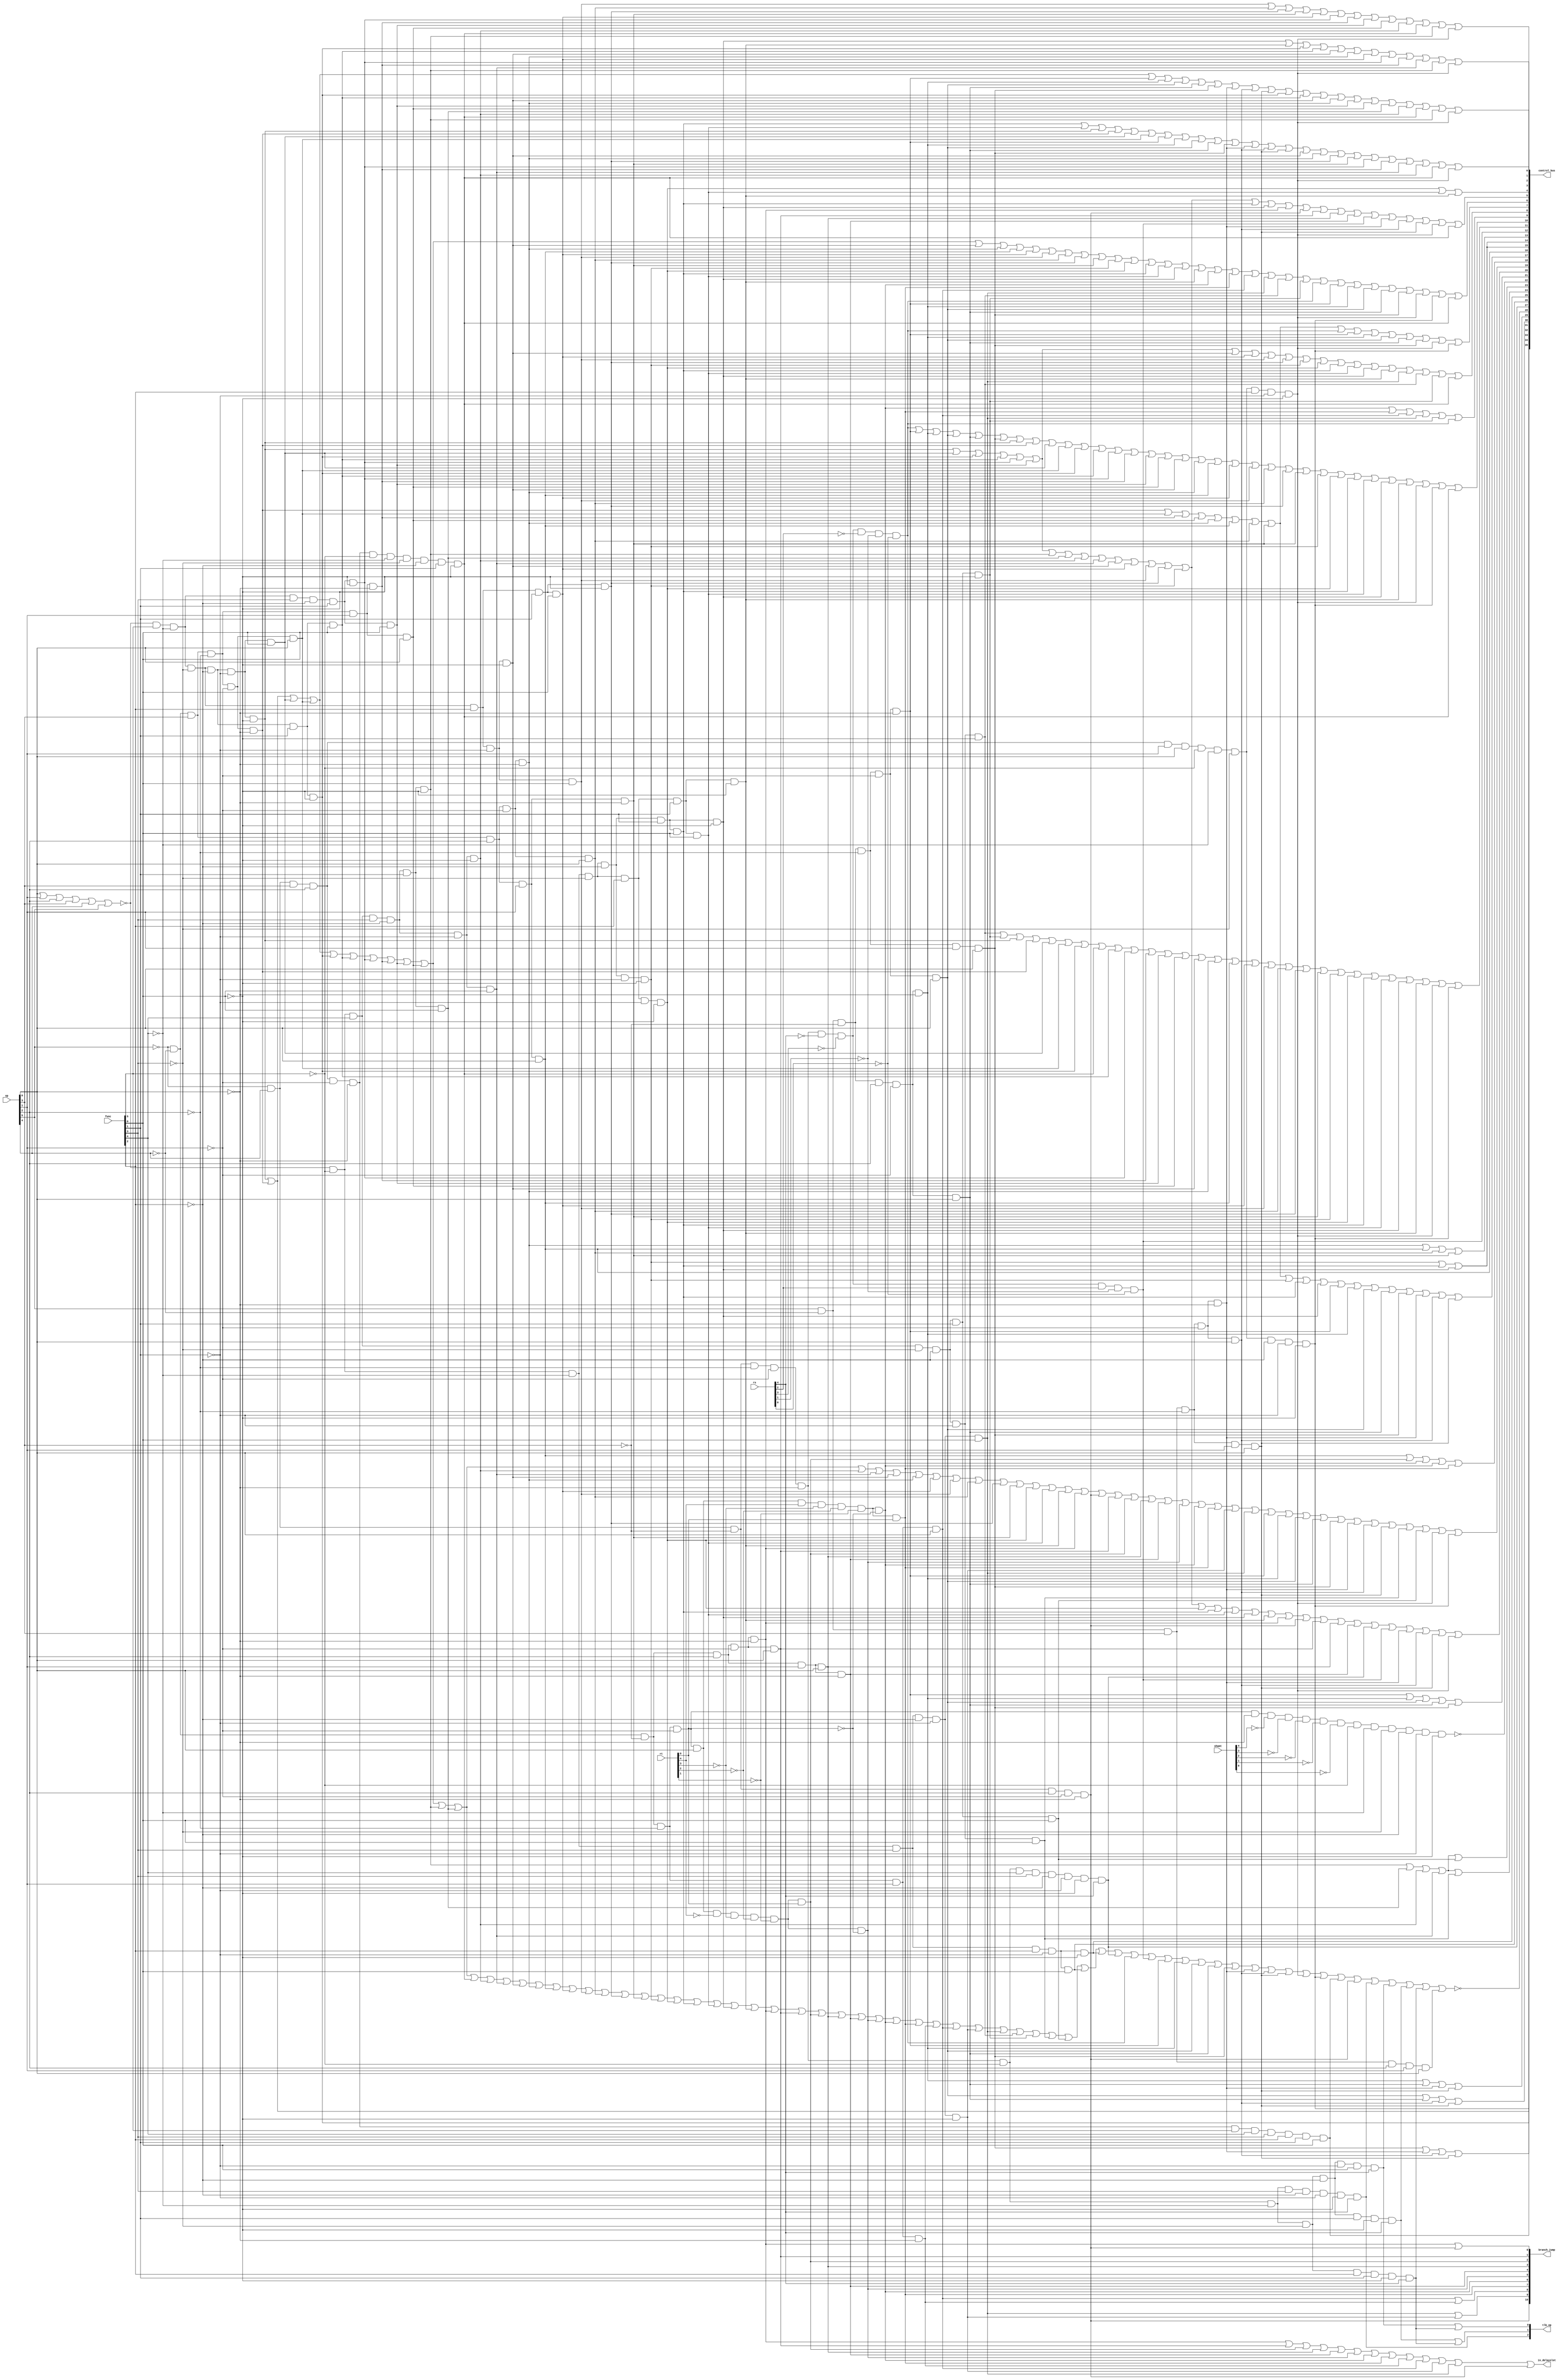
/*
**	
**	
**	
*/

`define CONTROL_BUS_WIDTH 35

module controller(
	input  [5:0]					op,
	input  [5:0]					func,
	input  [4:0]					rs,
	input  [4:0]					rt,
	input  [4:0]					shamt,

	output [`CONTROL_BUS_WIDTH:0]	control_bus,
	output [2:0]					tlb_op,			//tlb	001:tlbr	010:tlbwi	011:tlbwr	100:tlbp
	output [10:0]					branch_jump,	//
	output 							in_delayslot	//IF-ID
);
	
	
	wire [4:0]						aluop;			//ALU
	wire 							r1_sel;			//
	wire 							r2_sel;			//
	wire 							regs_we;		//
	wire [1:0]						rw_sel;			//
	wire [2:0]						din_sel;		//
	wire 							cp0_we;			//cp0
	wire [1:0]						ext_sel;		//
	wire [1:0]						alua_sel;		//ALU
	wire [1:0]						alub_sel;		//ALU
	
	wire 							r1_r;			//1
	wire 							r2_r;			//2
	wire 							load;			//lblbulhlhulw
	wire [1:0]						hilo_mode;		//hilohilo
	wire 							invalid_inst;	//
	wire [1:0]						add_sub;		//alu
	wire [2:0]						load_store;		//
													//000 lb001 lbu010 lh011 lhu
													//100 lw101 sb 110 sh111 sw
	wire 							op6,op5,op4,op3,op2,op1;
	wire 							f6,f5,f4,f3,f2,f1;
	wire 							rs5,rs4,rs3,rs2,rs1;
	wire 							rt5,rt4,rt3,rt2,rt1;
	wire 							sh5,sh4,sh3,sh2,sh1;

	wire 							r;
	wire 							add;
	wire 							addi;
	wire 							addu;
	wire 							addiu;
	wire 							sub;
	wire 							subu;
	wire 							slt;
	wire 							slti;
	wire 							sltu;
	wire 							sltiu;
	wire 							div;
	wire 							divu;
	wire 							mult;
	wire 							multu;
	wire 							and_;
	wire 							andi;
	wire 							lui;
	wire 							nor_;
	wire 							or_;
	wire 							ori;
	wire 							xor_;
	wire 							xori;
	wire 							sll;
	wire 							sllv;
	wire 							sra;
	wire 							srav;
	wire 							srl;
	wire 							srlv;
	wire 							beq;
	wire 							bne;
	wire 							bgez;
	wire 							bgtz;
	wire 							blez;
	wire 							bltz;
	wire 							bltzal;
	wire 							bgezal;
	wire 							j;
	wire 							jal;
	wire 							jr;
	wire 							jalr;
	wire 							mfhi;
	wire 							mflo;
	wire 							mthi;
	wire 							mtlo;
	wire 							break_;
	wire 							syscall;
	wire 							eret;
	wire 							mfc0;
	wire 							mtc0;
	wire 							lb;
	wire 							lbu;
	wire 							lh;
	wire 							lhu;
	wire 							lw;
	wire 							sb;
	wire 							sh;
	wire 							sw;
	//
	wire 							movn;
	wire 							movz;
	wire 							clo;
	wire 							clz;
	wire 							mul;
	wire 							madd;
	wire 							maddu;
	wire 							msub;
	wire 							bal;
	wire 							ll;
	wire 							lwl;
	wire 							lwr;
	wire 							sc;
	wire 							swl;
	wire 							swr;
	wire 							teq;
	wire 							tge;
	wire 							tgeu;
	wire 							tlt;
	wire 							tltu;
	wire 							tne;
	wire 							teqi;
	wire 							tgei;
	wire 							tgeiu;
	wire 							tlti;
	wire 							tltiu;
	wire 							tnei;
	wire 							nop;
	wire 							ssnop;
	wire 							sync;
	wire 							pref;
	wire							ins;
	wire							ext;
	wire							sdbbp;
	wire 							beql;
	wire							tlbp;
	wire 							tlbr;
	wire							tlbwi;
	wire 							tlbwr;
	wire							cache;

	assign aluop[4] = ext;
	assign aluop[3] = or_ | ori | xor_ | xori | nor_ | slt | slti | sltu | sltiu | mult | mul |div | ins; 
	assign aluop[2] = add | addi | addu | addiu | lb | lbu | lh | lhu
					      | lw | sb | sh | sw | sub | subu | and_ | andi | sltu | sltiu
			              | divu | mult | mul |div | ins;
	assign aluop[1] = srl | srlv | sub | subu | and_ | andi | nor_ | slt | slti | multu | div | ins;
	assign aluop[0] = sra | srav | add | addi | addu | addiu | lb | lbu
			              | lh | lhu | lw | sb | sh | sw | and_ | andi | xor_ | xori
			              | slt | slti | multu | mult | mul | ins;
	//mulmultaluop
	
	//tlb	001:tlbr	010:tlbwi	011:tlbwr	100:tlbp
	assign tlb_op[2] = tlbp; 
	assign tlb_op[1] = tlbwi | tlbwr;
	assign tlb_op[0] = tlbr | tlbwr;

	assign r1_sel = sllv | srav | srlv;
	assign r2_sel = add | addu | sub | subu | slt | sltu | div | divu | mult
			| multu | and_ | nor_ | or_ | xor_ | sll | sra | srl | beq | beql | bne
			| bgtz | blez | mtc0 | sb | sh | sw | ins | mul;

	assign regs_we = add | addi | addu | addiu | sub | subu | slt | slti | sltu | sltiu
			| and_ | andi | lui | nor_ | or_ | ori | xor_ | xori | sll | sllv | sra | srav
			| srl | srlv | bltzal | bgezal | jal | jalr | mfhi | mflo | mfc0 |
			lb | lbu | lh | lhu | lw | ins | ext | mul;

	assign rw_sel[1] = add | addu | sub | subu | slt | sltu | and_ | nor_ | or_ | xor_
			| sll | sllv | sra | srav | srl | srlv | jalr | mfhi | mflo | mul;
	assign rw_sel[0] = addi | addiu | slti | sltiu | andi | lui | ori | xori | mfc0 | lb
			| lbu | lh | lhu | lw | ins | ext;

	assign din_sel[2] = mfhi | mflo | add | addi | addu | addiu | sub | mul
			| subu | slt | slti | sltu | sltiu | and_ | andi | lui | nor_ 
			| or_ | ori | xor_ | xori | sll | sllv | sra | srav | srl | srlv | ins | ext; 
	assign din_sel[1] = mfc0 | lb | lbu | lh | lhu | lw | add | addi | addu 
			| addiu | sub | subu | slt | slti | sltu | sltiu | and_ | andi
			| lui | nor_ | or_ | ori | xor_ | xori | sll | sllv | sra 
			| srav | srl | srlv | ins | ext | mul; 
	assign din_sel[0] = bltzal | bgezal | jal | jalr | mflo | mfc0;

	assign cp0_we = mtc0;

	assign ext_sel[1] = sll | sra | srl;
	assign ext_sel[0] = andi | lui | ori | xori;

	assign alua_sel[1] = lui;
	assign alua_sel[0] = sll | sra | srl;

	assign alub_sel[1] = lui | bgez | bltz | bltzal | bgezal;
	assign alub_sel[0] = addi | addiu | slti | sltiu | andi | lui
			| ori | xori | sll | sra | srl | lb | lbu | lh | lhu 
			| lw | sb | sh | sw;

	assign r1_r = add | addi | addu | addiu | sub | subu | slt | slti | sltu | sltiu
			| div | divu | mult | multu | and_ | andi | nor_ | or_ | ori | xor_ | xori
			| sllv | srav | srlv | beq | beql | bne | bgez | bgtz | blez | bltz | bltzal
			| bgezal | jr | jalr | lb | lbu | lh | lhu | lw | sb | sh | sw | mthi | mtlo | ins | ext;
	assign r2_r = add | addu | sub | subu | slt | sltu | div | divu | mult | multu
			| and_ | nor_ | or_ | xor_ | sll | sllv | sra | srav | srl | srlv | beq | beql
			| bne | bgtz | blez | eret | mtc0 | sb | sh | sw | ins;

	assign load = lb | lbu | lh | lhu | lw;

	assign branch_jump = { beql, jalr|jr, jal|j, bgezal, bltzal, bltz, blez, bgtz, bgez, bne, beq|beql};

	assign load_store[0] = lbu | lhu | sb | sw;
	assign load_store[1] = lh | lhu | sh | sw;
	assign load_store[2] = lw | sb | sh | sw;

	assign add_sub[0] = add | addi;
	assign add_sub[1] = sub;

	assign in_delayslot = beq | bne | bgez | bgtz | blez | bltz | bltzal | bgezal 
			| j | jal | jr | jalr | beql;

	assign hilo_mode[1] = div | divu | mult | multu | mthi;
	assign hilo_mode[0] = div | divu | mult | multu | mtlo;
	
	assign control_bus = { 
			sdbbp, aluop[4], add_sub[1:0],load_store[2:0], invalid_inst,		//sdbbpaluop[4]
			eret, break_, syscall, hilo_mode[1:0], ~nop, load, r2_r, r1_r,
			alub_sel[1:0], alua_sel[1:0], ext_sel[1:0], cp0_we,
			din_sel[2:0], rw_sel[1:0], regs_we, r2_sel, r1_sel, aluop[3:0] };

	assign invalid_inst = ~(add | addi | addu | addiu | sub | subu | slt | slti | sltu | sltiu
		| div | divu | mul | mult | multu | and_ | andi | lui | nor_ | or_ | ori | xor_ | xori | sll
		| sllv | sra | srav | srl | srlv | beq | bne | bgez | bgtz | blez | bltz | bltzal | bgezal
		| j | jal | jr | jalr | mfhi | mflo | mthi | mtlo | break_ | syscall | eret | mfc0
		| mtc0 | lb | lbu | lh | lhu | lw | sb | sh | sw | ins | ext | sdbbp | beql | tlbp | tlbr| tlbwi | tlbwr | cache);

	assign {op6,op5,op4,op3,op2,op1} = op;
	assign {f6,f5,f4,f3,f2,f1} = func;
	assign {rs5,rs4,rs3,rs2,rs1} = rs;
	assign {rt5,rt4,rt3,rt2,rt1} = rt;
	assign {sh5,sh4,sh3,sh2,sh1} = shamt;

	assign addi = ~op6 & ~op5 & op4 & ~op3 & ~op2 & ~op1;	//addi op = 001000
	assign addiu = ~op6 & ~op5 &  op4 & ~op3 & ~op2 & op1;	//addiu op = 001001
	assign slti = ~op6 & ~op5 & op4 & ~op3 & op2 & ~op1;	//slti op = 001010
	assign sltiu = ~op6 & ~op5 & op4 & ~op3 & op2 & op1;	//sltiu op = 001011
	assign andi = ~op6 & ~op5 & op4 & op3 & ~op2 & ~op1;	//andi op = 001100
	assign lui = ~op6 & ~op5 & op4 & op3 & op2 & op1;		//lui op = 001111
	assign ori = ~op6 & ~op5 & op4 & op3 & ~op2 & op1;		//ori op = 001101
	assign xori = ~op6 & ~op5 & op4 & op3 & op2 & ~op1;		//xori op = 001110
	assign beq = ~op6 & ~op5 & ~op4 & op3 & ~op2 & ~op1;	//beq op = 000100
	assign bne = ~op6 & ~op5 & ~op4 & op3 & ~op2 & op1;		//bne op = 000101
	assign bgtz = ~op6 & ~op5 & ~op4 & op3 & op2 & op1;		//bgtz op = 000111
	assign blez = ~op6 & ~op5 & ~op4 & op3 & op2 & ~op1;	//blez op = 000110
	assign j = ~op6 & ~op5 & ~op4 & ~op3 & op2 & ~op1;		//j op = 000010
	assign jal = ~op6 & ~op5 & ~op4 & ~op3 & op2 & op1;		//jal op = 000011
	assign lb = op6 & ~op5 & ~op4 & ~op3 & ~op2 & ~op1;		//lb op = 100000
	assign lbu = op6 & ~op5 & ~op4 & op3 & ~op2 & ~op1;		//lbu op = 100100
	assign lh = op6 & ~op5 & ~op4 & ~op3 & ~op2 & op1;		//lh op = 100001
	assign lhu = op6 & ~op5 & ~op4 & op3 & ~op2 & op1;		//lhu op = 100101
	assign lw = op6 & ~op5 & ~op4 & ~op3 & op2 & op1;		//lw op = 100011
	assign sb = op6 & ~op5 & op4 & ~op3 & ~op2 & ~op1;		//sb op = 101000
	assign sh = op6 & ~op5 & op4 & ~op3 & ~op2 & op1;		//sh op = 101001
	assign sw = op6 & ~op5 & op4 & ~op3 & op2 & op1;		//sw op = 101011

	assign ll = op6 & op5 & ~op4 & ~op3 & ~op2 & ~op1;		//ll op = 110000
	assign lwl = op6 & ~op5 & ~op4 & ~op3 & op2 & ~op1;		//lwl op = 100010
	assign lwr = op6 & ~op5 & ~op4 & op3 & op2 & ~op1;		//lwr op = 100110
	assign sc = op6 & op5 & op4 & ~op3 & ~op2 & ~op1;		//sc op = 111000
	assign swl = op6 & ~op5 & op4 & ~op3 & op2 & ~op1;		//swl op = 101010
	assign swr = op6 & ~op5 & op4 & op3 & op2 & ~op1;		//swr op = 101110
	assign pref = op6 & op5 & ~op4 & ~op3 & op2 & op1;		//pref op = 110011
	assign beql = ~op6 & op5 & ~op4 & op3 & ~op2 & ~op1;	//beql op = 010100
	assign cache = op6 & ~op5 & op4 & op3 & op2 & op1;		//cahce op = 101111

	assign r = ~(op1|op2|op3|op4|op5|op6);	//op=000000, r instruction

	assign add = r & f6 & ~f5 & ~f4 & ~f3 & ~f2 & ~f1;		//add func = 100000
	assign addu = r & f6 & ~f5 & ~f4 & ~f3 & ~f2 & f1;		//addu func = 100001
	assign sub = r & f6 & ~f5 & ~f4 & ~f3 & f2 & ~f1;		//sub func = 100010
	assign subu = r & f6 & ~f5 & ~f4 & ~f3 & f2 & f1;		//subu func = 100011
	assign slt = r & f6 & ~f5 & f4 & ~f3 & f2 & ~f1;		//slt func = 101010
	assign sltu = r & f6 & ~f5 & f4 & ~f3 & f2 & f1;		//sltu func = 101011
	assign div = r & ~f6 & f5 & f4 & ~f3 & f2 & ~f1;		//div func = 011010
	assign divu = r & ~f6 & f5 & f4 & ~f3 & f2 & f1;		//divu func = 011011
	assign mult = r & ~f6 & f5 & f4 & ~f3 & ~f2 & ~f1;		//mult func = 011000
	assign multu = r & ~f6 & f5 & f4 & ~f3 & ~f2 & f1;		//multu func = 011001
	assign and_ = r & f6 & ~f5 & ~f4 & f3 & ~f2 & ~f1;		//and func = 100100
	assign nor_ = r & f6 & ~f5 & ~f4 & f3 & f2 & f1;		//nor func = 100111
	assign or_ = r & f6 & ~f5 & ~f4 & f3 & ~f2 & f1;		//or func = 100101
	assign xor_ = r & f6 & ~f5 & ~f4 & f3 & f2 & ~f1;		//xor func = 100110
	assign sll = r & ~f6 & ~f5 & ~f4 & ~f3 & ~f2 & ~f1;		//sll func = 000000
	assign sllv = r & ~f6 & ~f5 & ~f4 & f3 & ~f2 & ~f1;		//sllv func = 000100
	assign sra = r & ~f6 & ~f5 & ~f4 & ~f3 & f2 & f1;		//sra func = 000011
	assign srav = r & ~f6 & ~f5 & ~f4 & f3 & f2 & f1;		//srav func = 000111
	assign srl = r & ~f6 & ~f5 & ~f4 & ~f3 & f2 & ~f1;		//srl func = 000010
	assign srlv = r & ~f6 & ~f5 & ~f4 & f3 & f2 & ~f1;		//srlv func = 000110
	assign jr = r & ~f6 & ~f5 & f4 & ~f3 & ~f2 & ~f1;		//jr func = 001000
	assign jalr = r & ~f6 & ~f5 & f4 & ~f3 & ~f2 & f1;		//jalr func = 001001
	assign mfhi = r & ~f6 & f5 & ~f4 & ~f3 & ~f2 & ~f1;		//mfhi func = 010000
	assign mflo = r & ~f6 & f5 & ~f4 & ~f3 & f2 & ~f1;		//mflo func = 010010
	assign mthi = r & ~f6 & f5 & ~f4 & ~f3 & ~f2 & f1;		//mthi func = 010001
	assign mtlo = r & ~f6 & f5 & ~f4 & ~f3 & f2 & f1;		//mtlo func = 010011
	assign break_ = r & ~f6 & ~f5 & f4 & f3 & ~f2 & f1;		//break func = 001101
	assign syscall = r & ~f6 & ~f5 & f4 & f3 & ~f2 & ~f1;	//syscall func = 001100

	assign movn = r & ~f6 & ~f5 & f4 & ~f3 & f2 & f1;		//movn func = 001011
	assign movz = r & ~f6 & ~f5 & f4 & ~f3 & f2 & ~f1;		//movz func = 001010
	assign teq = r & f6 & f5 & ~f4 & f3 & ~f2 & ~f1;		//teq func = 110100
	assign tge = r & f6 & f5 & ~f4 & ~f3 & ~f2 & ~f1;		//tge func = 110000
	assign tgeu = r & f6 & f5 & ~f4 & ~f3 & ~f2 & f1;		//tgeu func = 110001
	assign tlt = r & f6 & f5 & ~f4 & ~f3 & f2 & ~f1;		//tlt func = 110010
	assign tltu = r & f6 & f5 & ~f4 & ~f3 & f2 & f1;		//tltu func = 110011
	assign tne = r & f6 & f5 & ~f4 & f3 & f2 & ~f1;			//tne func = 110110
	assign sync = r & ~f6 & ~f5 & f4 & f3 & f2 & f1;		//sync func = 001111

	assign eret = ~op6 & op5 & ~op4 & ~op3 & ~op2 & ~op1
			& ~f6 & f5 & f4 & ~f3 & ~f2 & ~f1 & rs5;		//eret op = 010000,func = 011000,rs[5]=1
	assign clo = ~op6 & op5 & op4 & op3 & ~op2 & ~op1
			& f6 & ~f5 & ~f4 & ~f3 & ~f2 & f1;		//clo op = 011100,func = 100001
	assign clz = ~op6 & op5 & op4 & op3 & ~op2 & ~op1
			& f6 & ~f5 & ~f4 & ~f3 & ~f2 & ~f1;		//clz op = 011100,func = 100000
	assign mul = ~op6 & op5 & op4 & op3 & ~op2 & ~op1
			& ~f6 & ~f5 & ~f4 & ~f3 & f2 & ~f1;		//mul op = 011100,func = 000010
	assign madd = ~op6 & op5 & op4 & op3 & ~op2 & ~op1
			& ~f6 & ~f5 & ~f4 & ~f3 & ~f2 & ~f1;		//madd op = 011100,func = 000000
	assign maddu = ~op6 & op5 & op4 & op3 & ~op2 & ~op1
			& ~f6 & ~f5 & ~f4 & ~f3 & ~f2 & f1;		//maddu op = 011100,func = 000001
	assign msub = ~op6 & op5 & op4 & op3 & ~op2 & ~op1
			& ~f6 & ~f5 & ~f4 & f3 & ~f2 & ~f1;		//msub op = 011100,func = 000100
	assign ins = ~op6 & op5 & op4 & op3 & op2 & op1
			& ~f6 & ~f5 & ~f4 & f3 & ~f2 & ~f1;		//ins op = 011111,func = 000100
	assign ext = ~op6 & op5 & op4 & op3 & op2 & op1
			& ~f6 & ~f5 & ~f4 & ~f3 & ~f2 & ~f1;	//ext op = 011111,func = 000000	
	assign sdbbp = ~op6 & op5 & op4 & op3 & ~op2 & ~op1
			& f6 & f5 & f4 & f3 & f2 & f1;			//sdbbp op = 011100,func = 111111
	assign tlbp = ~op6 & op5 & ~op4 & ~op3 & ~op2 & ~op1
			& ~f6 & ~f5 & f4 & ~f3 & ~f2 & ~f1 & rs5;		//tlbp op = 010000,func = 001000,rs[5]=1
	assign tlbr = ~op6 & op5 & ~op4 & ~op3 & ~op2 & ~op1
			& ~f6 & ~f5 & ~f4 & ~f3 & ~f2 & f1 & rs5;		//tlbr op = 010000,func = 000001,rs[5]=1
	assign tlbwi = ~op6 & op5 & ~op4 & ~op3 & ~op2 & ~op1
			& ~f6 & ~f5 & ~f4 & ~f3 & f2 & ~f1 & rs5;		//tlbr op = 010000,func = 000010,rs[5]=1
	assign tlbwr = ~op6 & op5 & ~op4 & ~op3 & ~op2 & ~op1
			& ~f6 & ~f5 & ~f4 & f3 & f2 & ~f1 & rs5;		//tlbr op = 010000,func = 000110,rs[5]=1


	assign bgez = ~op6 & ~op5 & ~op4 & ~op3 & ~op2 & op1 
			& ~rt5 & ~rt4 & ~rt3 & ~rt2 & rt1;		//bgez op = 000001,rt = 00001
	assign bltz = ~op6 & ~op5 & ~op4 & ~op3 & ~op2 & op1 
			& ~rt5 & ~rt4 & ~rt3 & ~rt2 & ~rt1;		//bltz op = 000001,rt = 00000
	assign bltzal = ~op6 & ~op5 & ~op4 & ~op3 & ~op2 & op1 
			& rt5 & ~rt4 & ~rt3 & ~rt2 & ~rt1;		//bltzal op = 000001,rt = 10000
	assign bgezal = ~op6 & ~op5 & ~op4 & ~op3 & ~op2 & op1 
			& rt5 & ~rt4 & ~rt3 & ~rt2 & rt1;		//bgezal op = 000001,rt = 10001
	assign teqi = ~op6 & ~op5 & ~op4 & ~op3 & ~op2 & op1 
			& ~rt5 & rt4 & rt3 & ~rt2 & ~rt1;		//teqi op = 000001,rt = 01100
	assign tgei = ~op6 & ~op5 & ~op4 & ~op3 & ~op2 & op1 
			& ~rt5 & rt4 & ~rt3 & ~rt2 & ~rt1;		//tgei op = 000001,rt = 01000
	assign tgeiu = ~op6 & ~op5 & ~op4 & ~op3 & ~op2 & op1 
			& ~rt5 & rt4 & ~rt3 & ~rt2 & rt1;		//tgeiu op = 000001,rt = 01001
	assign tlti = ~op6 & ~op5 & ~op4 & ~op3 & ~op2 & op1 
			& ~rt5 & rt4 & ~rt3 & rt2 & ~rt1;		//tlti op = 000001,rt = 01010
	assign tltiu = ~op6 & ~op5 & ~op4 & ~op3 & ~op2 & op1 
			& ~rt5 & rt4 & ~rt3 & rt2 & rt1;		//tltiu op = 000001,rt = 01011
	assign tnei = ~op6 & ~op5 & ~op4 & ~op3 & ~op2 & op1
			& ~rt5 & rt4 & rt3 & rt2 & ~rt1;		//tnei op = 000001,rt = 01110

	assign mfc0 = ~op6 & op5 & ~op4 & ~op3 & ~op2 & ~op1 
			& ~rs5 & ~rs4 & ~rs3 & ~rs2 & ~rs1;		//mfc0 op = 010000,rs = 00000
	assign mtc0 = ~op6 & op5 & ~op4 & ~op3 & ~op2 & ~op1 
			& ~rs5 & ~rs4 & rs3 & ~rs2 & ~rs1;		//mtc0 op = 010000,rs = 00100

	assign bal = ~op6 & ~op5 & ~op4 & ~op3 & ~op2 & op1
			& ~rs5 & ~rs4 & ~rs3 & ~rs2 & ~rs1
			& rt5 & ~rt4 & ~rt3 & ~rt2 & rt1;		//bal op = 000001,rs = 00000,rt = 10001
	assign nop = ~op6 & ~op5 & ~op4 & ~op3 & ~op2 & ~op1
			& ~sh5 & ~sh4 & ~sh3 & ~sh2 & ~sh1
			& ~f6 & ~f5 & ~f4 & ~f3 & ~f2 & ~f1;	//nop op=000000,shamt=00000,func=000000
	assign ssnop = ~op6 & ~op5 & ~op4 & ~op3 & ~op2 & ~op1
			& ~sh5 & ~sh4 & ~sh3 & ~sh2 & sh1
			& ~f6 & ~f5 & ~f4 & ~f3 & ~f2 & ~f1;	//ssnop op=000000,shamt=00001,func=000000

endmodule